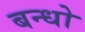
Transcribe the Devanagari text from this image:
बन्धो